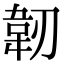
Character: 韌